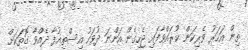
ތިން އަހަރު ވެރިކަން ކުރައްވާފައި ޖެހިގެން އަންނަ ދުވަހު އިސްތިއުފާ ދެއްވާ ގޮތަކަށް